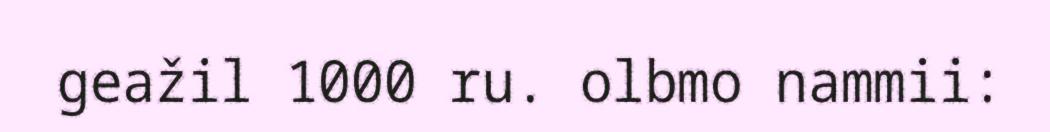
geažil 1000 ru. olbmo nammii: